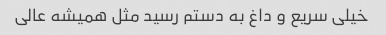
خیلی سریع و داغ به دستم رسید مثل همیشه عالی